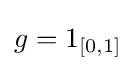
g=1_{[0,1]}